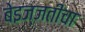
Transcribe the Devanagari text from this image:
बेइज्जतीचा